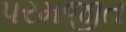
પરમજીત